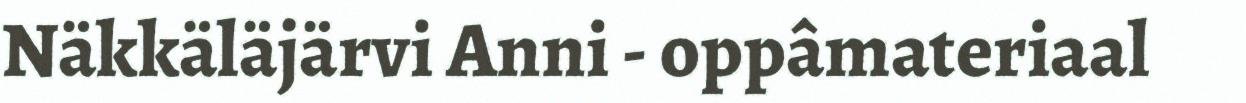
Näkkäläjärvi Anni - oppâmateriaal